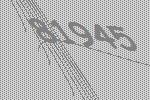
81945